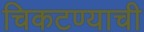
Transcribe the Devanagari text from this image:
चिकटण्याची